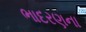
ભાદરણના